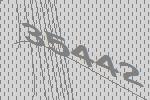
35442